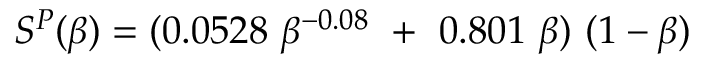
S ^ { P } ( \beta ) = ( 0 . 0 5 2 8 ~ \beta ^ { - 0 . 0 8 } ~ + ~ 0 . 8 0 1 ~ \beta ) ~ ( 1 - \beta )